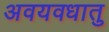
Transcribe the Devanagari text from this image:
अवयवधातु